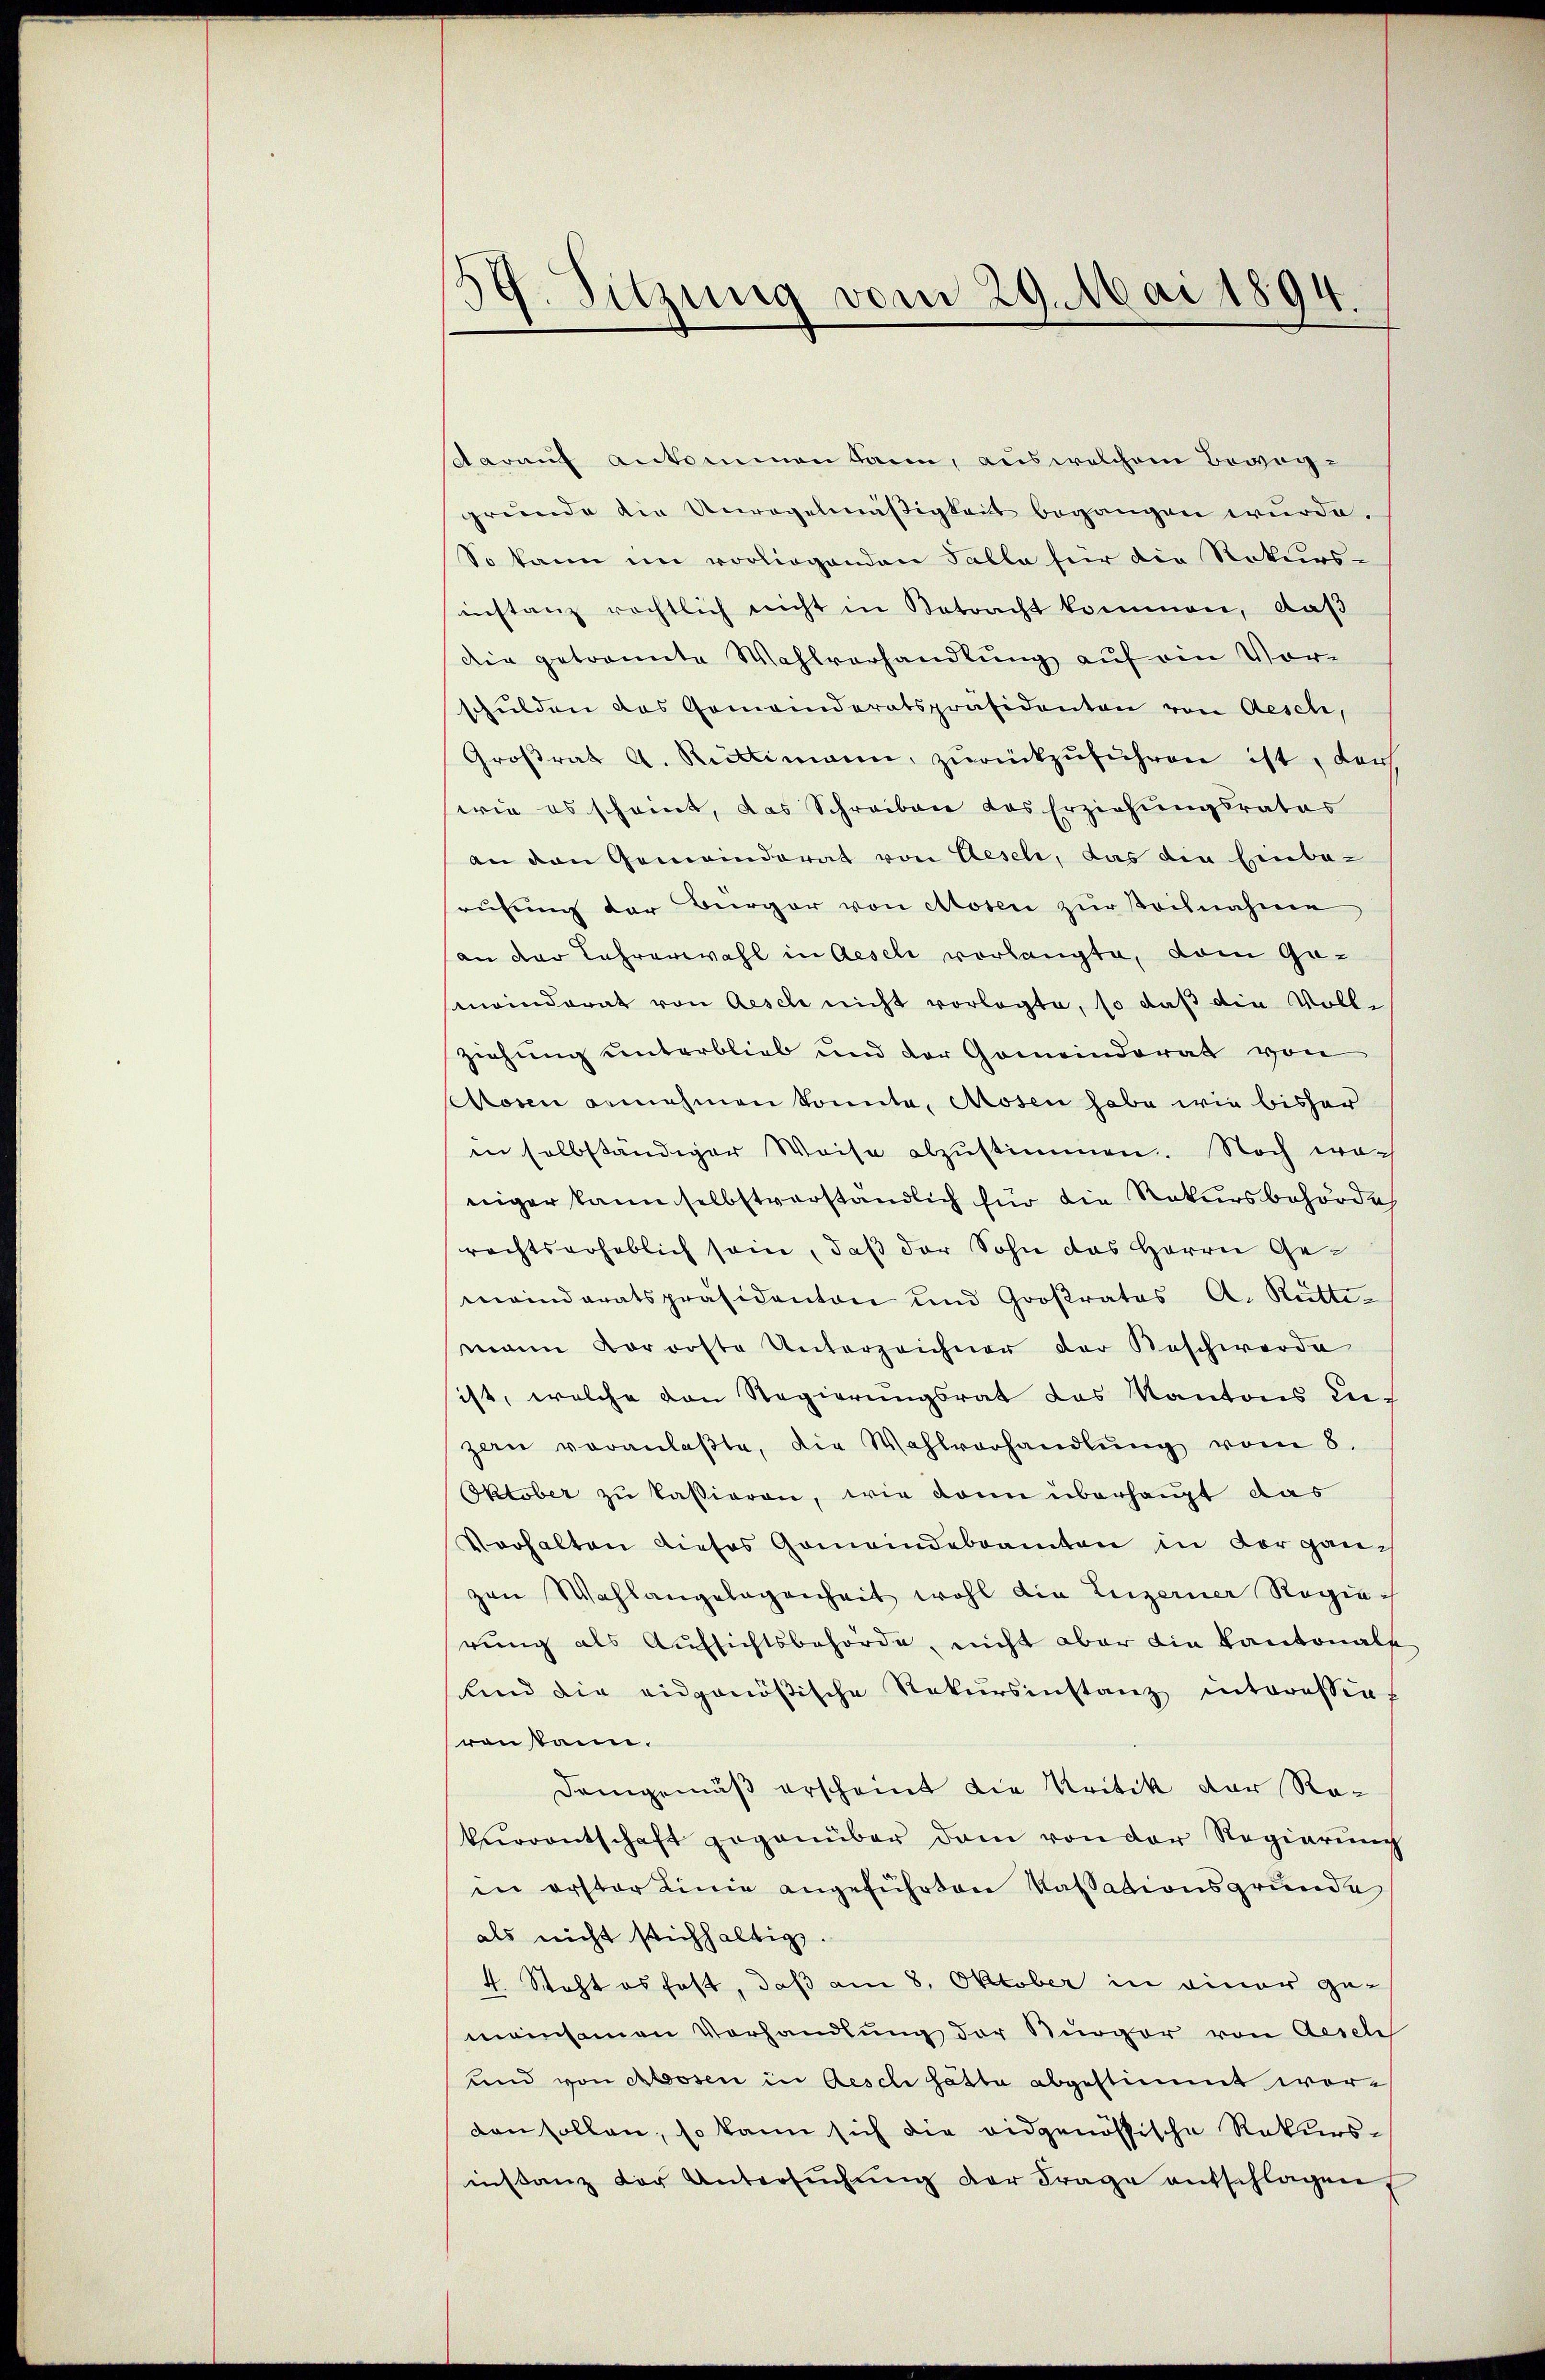
59. Sitzung vom 29. Mai 1894.

darauf ankommen kann, aus welchem Bevoggründe die Unregelmäßigkeit begangen wŭrde.
So kann im vorliegenden Talla hier die Rekurs-
instanz rächtlich nicht in Betracht kommen, daß
die getrannte Wahlverhandlung auf ein Vor-
schulden das Gemeinderatspräsidenten von Aesch,
Groβrat A. Rüttimann, zŭrückzŭführen ist, der
wie es scheint, das Schreiben des Erziehungsrates
an den Gemeinderat von Gesel, das die Einba-
rufung der Bürger von Aosen zur Steilnahme
an der Lehrerwahl in Aeseli vorlangte, vom Ge-
smeinderat von Aesch nicht vorlegte, so daß die Voll-
ziehung unterblieb und der Gemeindrat von
oren annehmen konnte, Mosen habe wie bisher
in selbständiger Weise abzustimmen. Noch wac
niger kann selbstverständlich für die Rekursbehörde
rechtserheblich sein, daß der Sohn das Herrn Gemeinderatspräsidenton und Großrates A. Rütti-
mann Vororste Unterzeichner der Beschwerde
ist, welche von Regierungsrat das Kantons Luf
zan veranlaβte, die Wahlvorhandlŭng vom 8.
Oktober zu kassieren, wie dann überhaupt das
Verhalten dieses Gemeindebeamten in Vorganzen Wahlangelegenheit wohl die Luzerner Regie
rung als Aufsichtsbehörde, nicht aber die Kantonale
Kind die eidgenößische Rekursinstanz interessirt
ronstann.
Demgemäß erscheint die Kritik der Rekurrentschaft gegenüber dem von der Regierŭng
in erster Linie angeführten Kassationsgrunde
als nicht stichhaltig.
4. Steht es fest, daß am 8. Oktober in einer gemeinsamen Vorhandlung der Bürger von Aesch
und von Aosen in Aesch hätte abgestimmt worden sollen, so kann sich die eidgenössische Rekursinstanz der Untersŭchŭng der Frage entschlagen